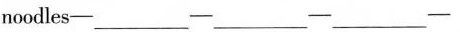
noodles-___-___-___-